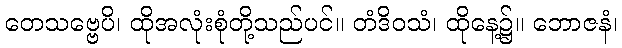
တေသဗ္ဗေပိ၊ ထိုအလုံးစုံတို့သည်ပင်။ တံဒိဝသံ၊ ထိုနေ့၌။ ဘောဇနံ၊